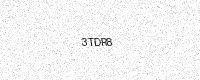
Text: 3TDR8